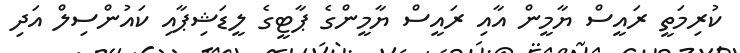
ކުރިމަތީ ރައީސް ޔާމީން އާއި ރައީސް ޔާމީންގެ ޕާޓީގެ ލީޑަޝިޕާއި ކައުންސިލް އަދި